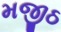
મજીઠ